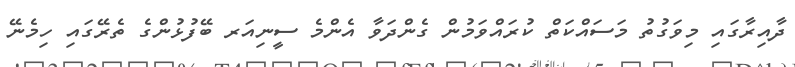
ދާއިރާގައި މިވަގުތު މަސައްކަތް ކުރައްވަމުން ގެންދަވާ އެންމެ ސީނިއަރ ބޭފުޅުންގެ ތެރޭގައި ހިމެނޭ